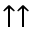
\uparrow \uparrow